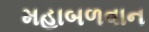
મહાબળવાન